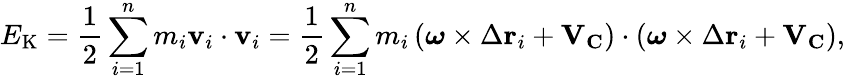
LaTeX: E_{\mathrm{K}}={\frac{1}{2}}\sum_{i=1}^{n}m_{i}\mathbf{v}_{i}\cdot\mathbf{v}_{i}={\frac{1}{2}}\sum_{i=1}^{n}m_{i}\left({\boldsymbol{\omega}}\times\Delta\mathbf{r}_{i}+\mathbf{V}_{\mathbf{C}}\right)\cdot\left({\boldsymbol{\omega}}\times\Delta\mathbf{r}_{i}+\mathbf{V}_{\mathbf{C}}\right),